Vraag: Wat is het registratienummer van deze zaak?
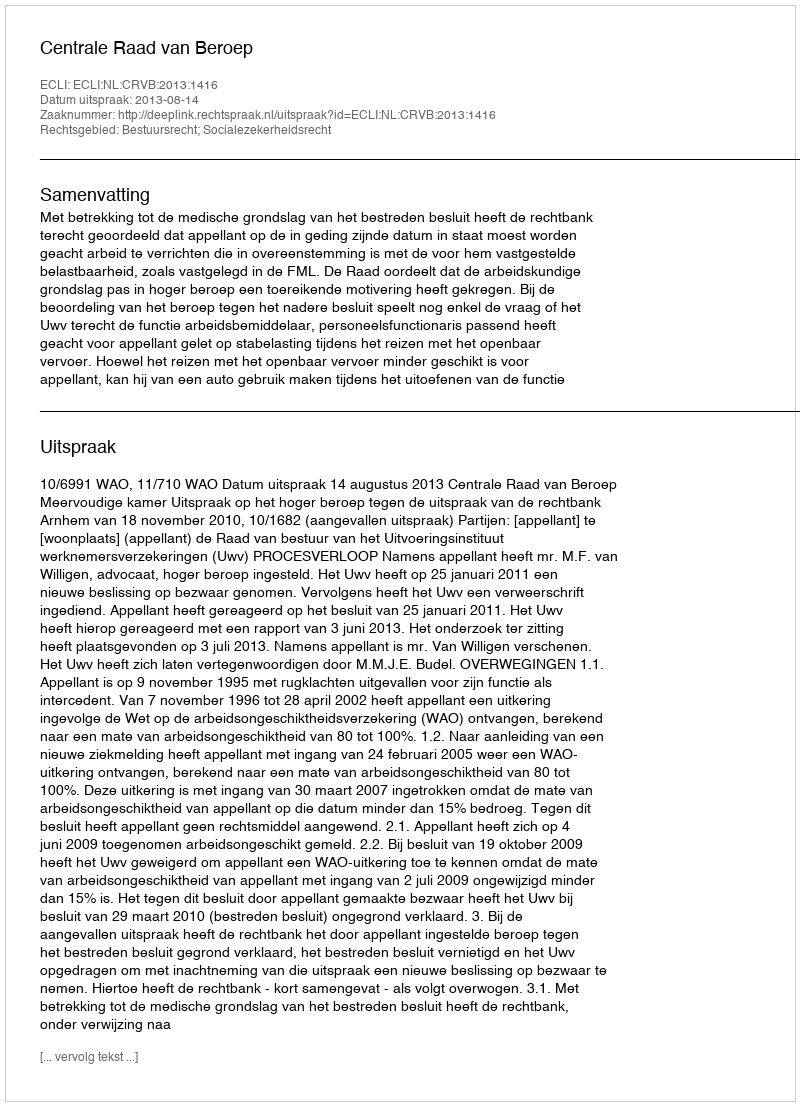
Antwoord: http://deeplink.rechtspraak.nl/uitspraak?id=ECLI:NL:CRVB:2013:1416